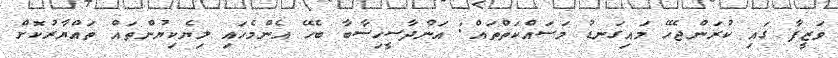
ވަޒީފާ ގައި ކުރަންޖެހޭ މައިގަނޑު މަސައްކަތްތައް: އަންދާސީހިސާބާ ބެހޭ އެންމެހައި ލިޔެކިޔުންތައް ތައްޔާރުކޮށް